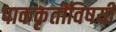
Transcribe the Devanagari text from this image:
पाककृतींविषयी